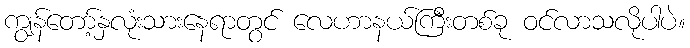
ကျွန်တော့်နှလုံးသားနေရာတွင် လေဟာနယ်ကြီးတစ်ခု ဝင်လာသလိုပါပဲ။